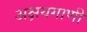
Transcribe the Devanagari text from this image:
अक्षयगाणी